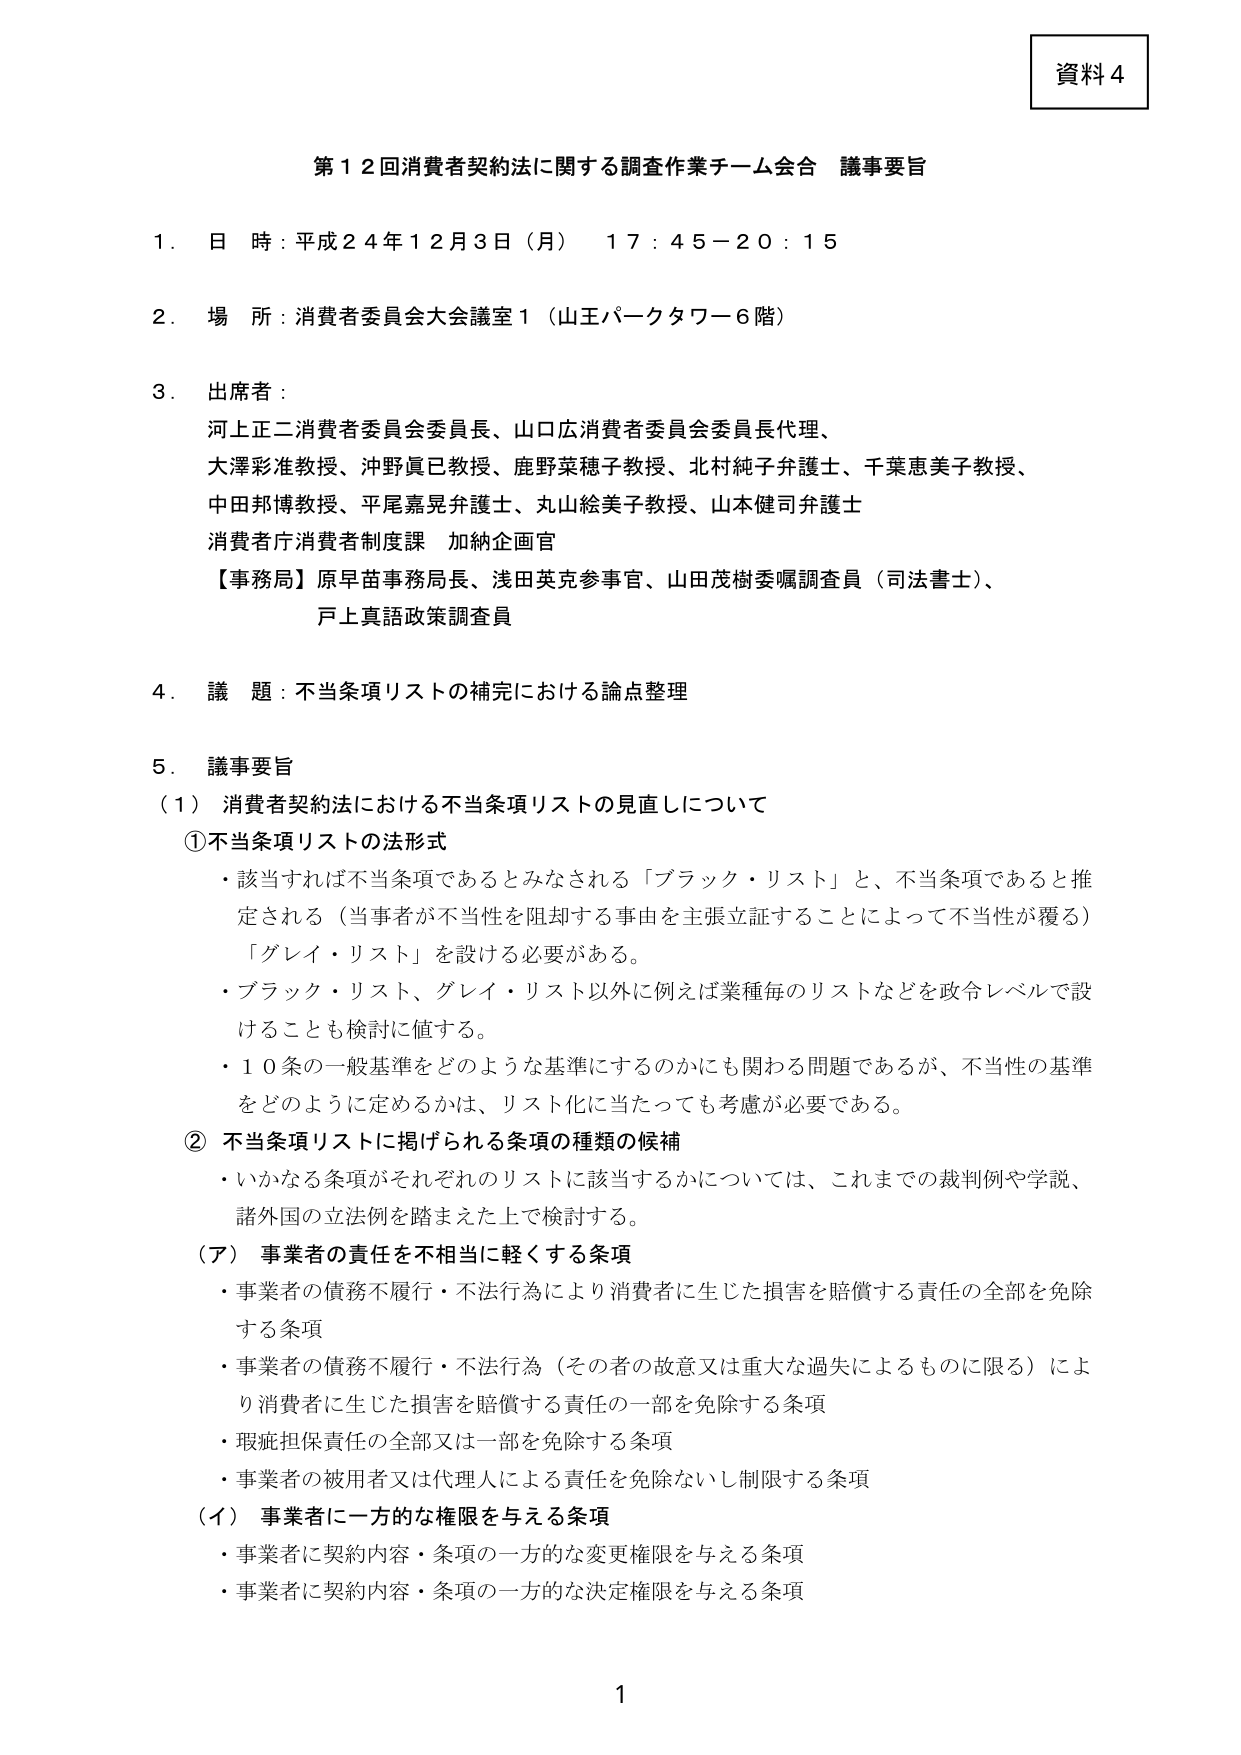
資料４

第１２回消費者契約法に関する調査作業チーム会合 議事要旨

１．日時：平成２４年１２月３日（月） １７：４５－２０：１５

２．場所：消費者委員会大会議室１（山王パークタワー６階）

３．出席者：
河上正二消費者委員会委員長、山口広消費者委員会委員長代理、
大澤彩准教授、沖野真巳教授、鹿野菜穂子教授、北村純子弁護士、千葉恵美子教授、
中田邦博教授、平尾嘉晃弁護士、丸山絵美子教授、山本健司弁護士
消費者庁消費者制度課 加納企画官
【事務局】原早苗事務局長、浅田英克参事官、山田茂樹委嘱調査員（司法書士）、
戸上真語政策調査員

４．議題：不当条項リストの補完における論点整理

５．議事要旨
（１）消費者契約法における不当条項リストの見直しについて
①不当条項リストの法形式
・該当すれば不当条項であるとみなされる「ブラック・リスト」と、不当条項であると推定される（当事者が不当性を阻却する事由を主張立証することによって不当性が覆る）「グレイ・リスト」を設ける必要がある。
・ブラック・リスト、グレイ・リスト以外に例えば業種毎のリストなどを政令レベルで設けることも検討に値する。
・１０条の一般基準をどのような基準にするのかにも関わる問題であるが、不当性の基準をどのように定めるかは、リスト化に当たっても考慮が必要である。
②不当条項リストに掲げられる条項の種類の候補
・いかなる条項がそれぞれのリストに該当するかについては、これまでの裁判例や学説、諸外国の立法例を踏まえた上で検討する。
（ア）事業者の責任を不相当に軽くする条項
・事業者の債務不履行・不法行為により消費者に生じた損害を賠償する責任の全部を免除する条項
・事業者の債務不履行・不法行為（その者の故意又は重大な過失によるものに限る）により消費者に生じた損害を賠償する責任の一部を免除する条項
・瑕疵担保責任の全部又は一部を免除する条項
・事業者の被用者又は代理人による責任を免除ないし制限する条項
（イ）事業者に一方的な権限を与える条項
・事業者に契約内容・条項の一方的な変更権限を与える条項
・事業者に契約内容・条項の一方的な決定権限を与える条項

1